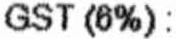
GST (6%) :